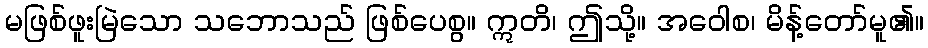
မဖြစ်ဖူးမြဲသော သဘောသည် ဖြစ်ပေစွ။ ဣတိ၊ ဤသို့။ အဝေါစ၊ မိန့်တော်မူ၏။